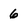
Character: 6